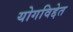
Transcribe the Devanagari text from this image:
योगविद्देत